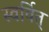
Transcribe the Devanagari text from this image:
स्वर्वित्